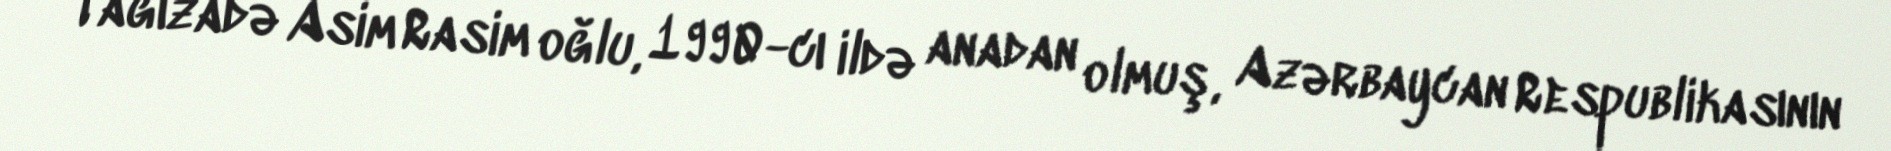
Tağızadə Asim Rasim oğlu, 1990-cı ildə anadan olmuş, Azərbaycan Respublikasının